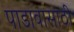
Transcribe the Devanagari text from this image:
पाडावासाठी